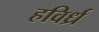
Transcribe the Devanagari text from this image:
हविर्ध्र